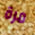
مرة